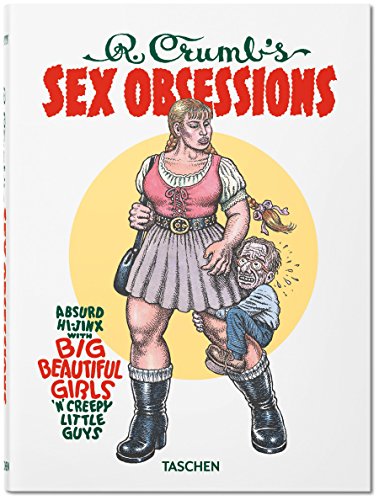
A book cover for Robert Crumb's Sex Obsessions; Comics & Graphic Novels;